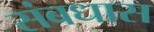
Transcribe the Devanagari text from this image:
संबधास